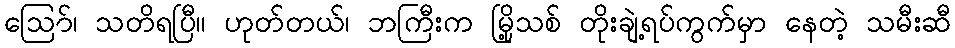
ဪ၊ သတိရပြီ။ ဟုတ်တယ်၊ ဘကြီးက မြို့သစ် တိုးချဲ့ရပ်ကွက်မှာ နေတဲ့ သမီးဆီ